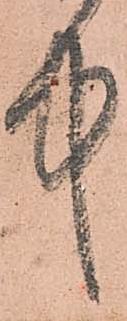
中